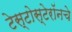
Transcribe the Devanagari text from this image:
टेस्टोस्टेरॉनचे